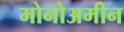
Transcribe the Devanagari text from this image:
मोनोअमीन